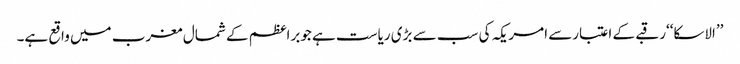
’’الاسکا‘‘رقبے کے اعتبارسے امریکہ کی سب سے بڑی ریاست ہے جوبراعظم کے شمال مغرب میں واقع ہے۔